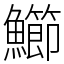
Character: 䲙